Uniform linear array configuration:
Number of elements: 8
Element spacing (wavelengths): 0.5
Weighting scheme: blackman
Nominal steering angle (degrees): -60
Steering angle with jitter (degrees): -59.671
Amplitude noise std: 0.05
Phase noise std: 0.05

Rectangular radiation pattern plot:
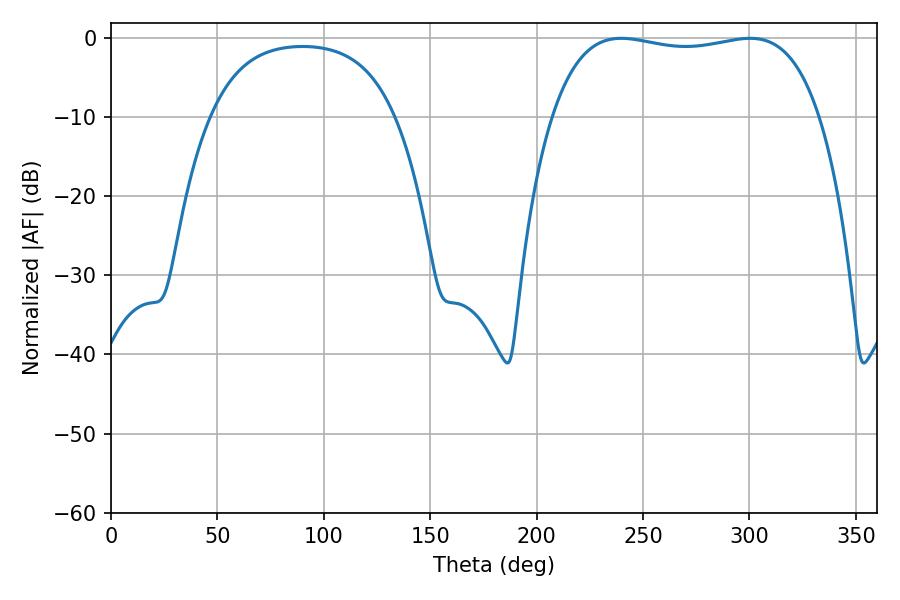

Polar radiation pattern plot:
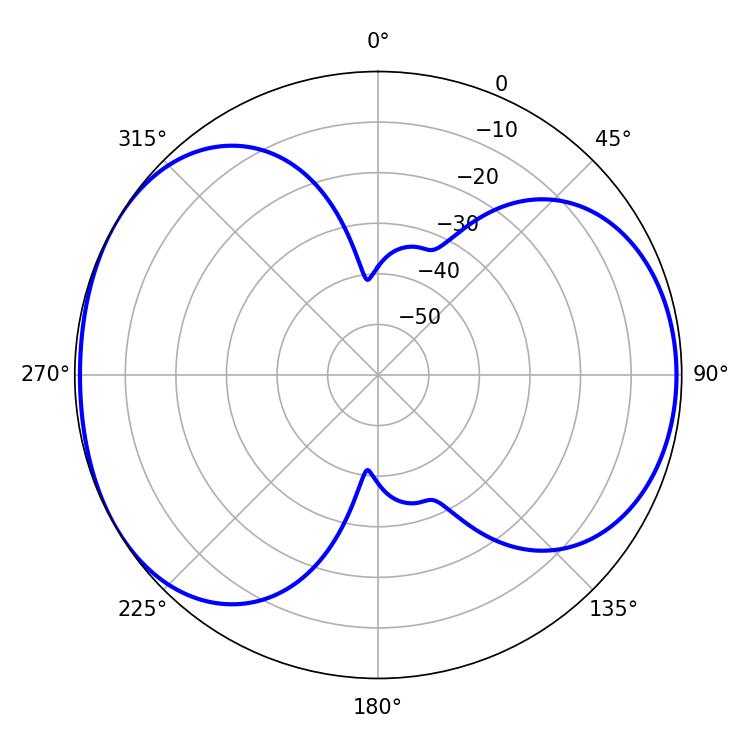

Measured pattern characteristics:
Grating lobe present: FALSE
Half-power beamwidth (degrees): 101.16
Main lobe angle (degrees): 239.76